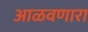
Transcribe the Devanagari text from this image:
आळवणारा